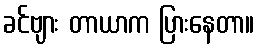
ခင်ဗျား တာယာက ပြားနေတာ။